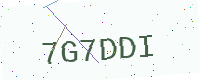
Text: 7G7DDI